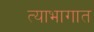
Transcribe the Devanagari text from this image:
त्याभागात